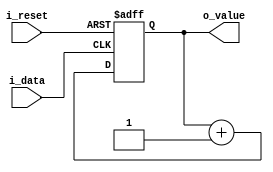
module counterData(
    input i_data,
    input i_reset,

    output [13:0] o_value
    );

    reg [13:0] r_value;
    assign o_value = r_value;

    always @(posedge i_data or posedge i_reset) begin
        if (i_reset) begin
            r_value <= 0;
        end
        else begin
            r_value <= r_value + 1;
        end        
    end

endmodule